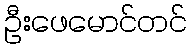
ဦးဖေမောင်တင်